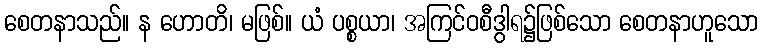
စေတနာသည်။ န ဟောတိ၊ မဖြစ်။ ယံ ပစ္စယာ၊ အကြင်ဝစီဒွါရ၌ဖြစ်သော စေတနာဟူသော